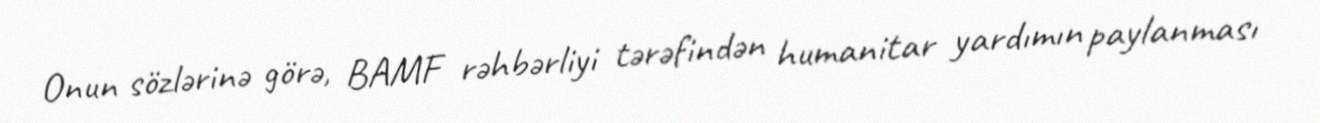
Onun sözlərinə görə, BAMF rəhbərliyi tərəfindən humanitar yardımın paylanması